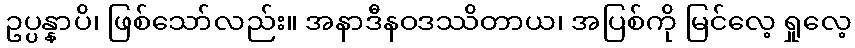
ဥပ္ပန္နာပိ၊ ဖြစ်သော်လည်း။ အနာဒီနဝဒဿိတာယ၊ အပြစ်ကို မြင်လေ့ ရှုလေ့